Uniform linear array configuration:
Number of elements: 16
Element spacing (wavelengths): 0.25
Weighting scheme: kaiser
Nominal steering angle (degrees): -60
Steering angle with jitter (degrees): -59.471
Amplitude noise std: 0.05
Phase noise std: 0.05

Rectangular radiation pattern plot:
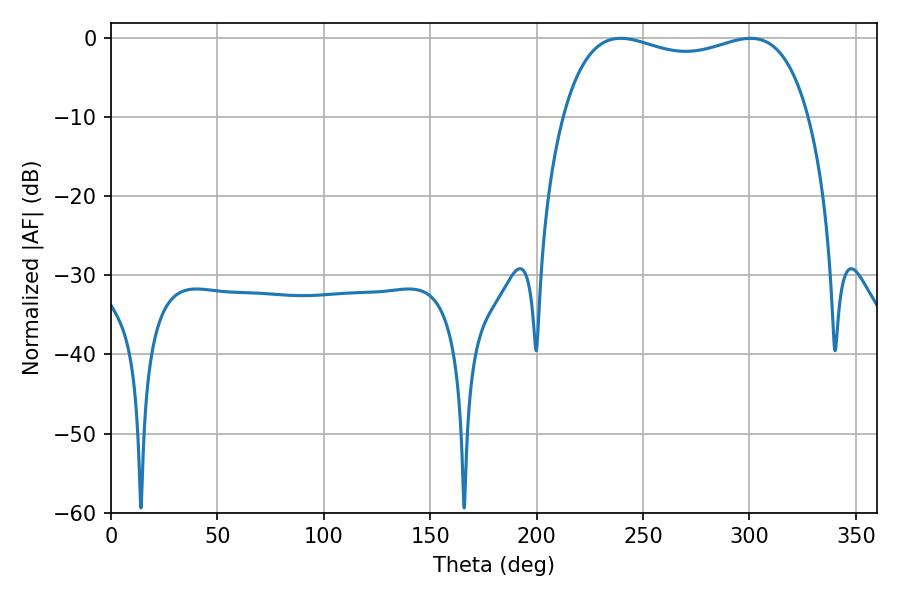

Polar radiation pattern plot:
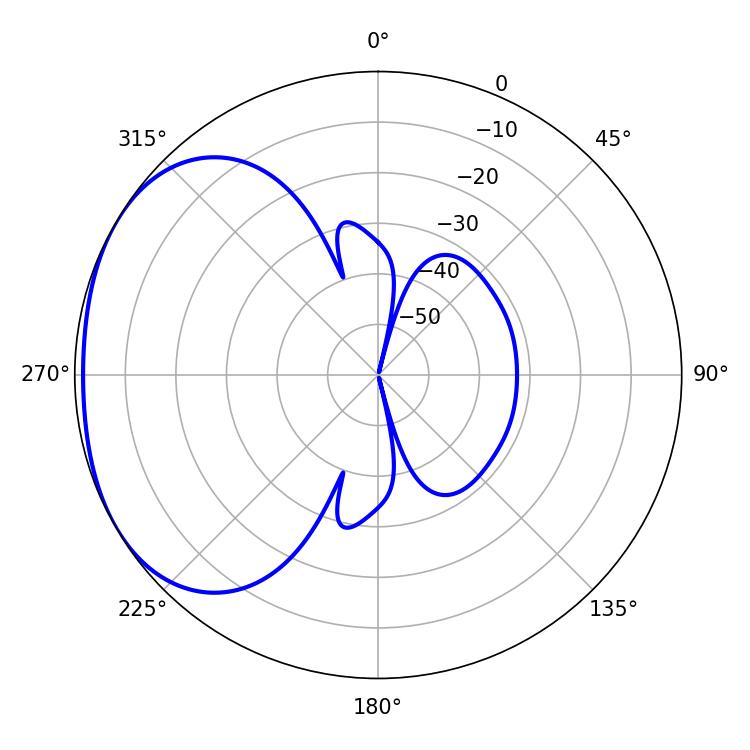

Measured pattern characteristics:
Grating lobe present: FALSE
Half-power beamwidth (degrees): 94.68
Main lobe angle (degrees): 239.4